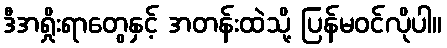
ဒီအရှိုးရာတွေနှင့် အတန်းထဲသို့ ပြန်မဝင်လိုပါ။